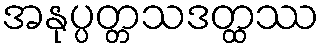
အနုပ္ပတ္တသဒတ္ထဿ